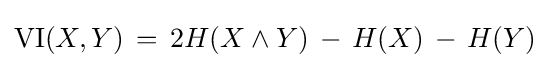
\mathrm {VI} (X,Y)\,=\,2H(X\wedge Y)\,-\,H(X)\,-\,H(Y)